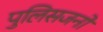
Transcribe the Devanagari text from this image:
पुलिसजनों